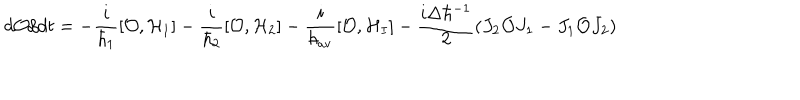
d { \cal O } / d t = - { \frac { i } { \hbar _ { 1 } } } [ { \cal O } , { \cal H } _ { 1 } ] - { \frac { i } { \hbar _ { 2 } } } [ { \cal O } , { \cal H } _ { 2 } ] - { \frac { i } { \hbar _ { \mathrm { a v } } } } [ { \cal O } , { \cal H } _ { I } ] - { \frac { i \Delta \hbar ^ { - 1 } } { 2 } } ( J _ { 2 } { \cal O } J _ { 1 } - J _ { 1 } { \cal O } J _ { 2 } )